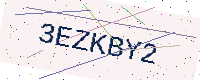
Text: 3EZKBY2